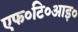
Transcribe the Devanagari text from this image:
एफ०टि०आइ०